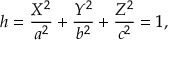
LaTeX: h = { \frac { X ^ { 2 } } { a ^ { 2 } } } + { \frac { Y ^ { 2 } } { b ^ { 2 } } } + { \frac { Z ^ { 2 } } { c ^ { 2 } } } = 1 ,